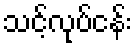
သင့်လုပ်ငန်း